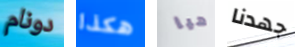
دونام هكذا هيا جهدنا